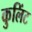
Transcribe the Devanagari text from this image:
कुलिंट